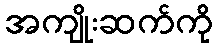
အကျိုးဆက်ကို